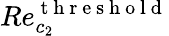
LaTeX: Re_{c_{2}}^{\mathrm{~t~h~r~e~s~h~o~l~d~}}